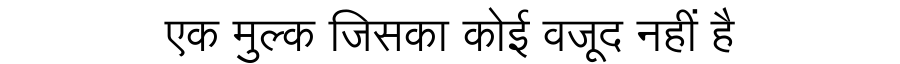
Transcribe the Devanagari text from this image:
एक मुल्क जिसका कोई वजूद नहीं है